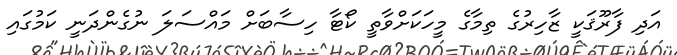
އަދި ފާރޫޤަކީ ޒާހިރުގެ ތިމާގެ މީހަކަށްވާތީ ކޯޓާ ހިސާބަށް މައްސަލަ ނުގެންދަނީ ކަމުގައި